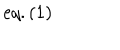
e q . ( 1 )